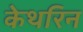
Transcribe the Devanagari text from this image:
केथरिन